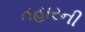
તહારની